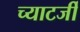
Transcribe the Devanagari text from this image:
च्याटर्जी